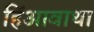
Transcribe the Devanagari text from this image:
हिंआवाथा